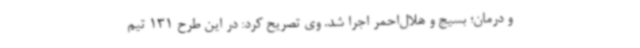
و درمان؛ بسیج و هلال‌احمر اجرا شد. وی تصریح کرد: در این طرح 131 تیم